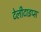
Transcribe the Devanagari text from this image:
टेलीटाइप्स